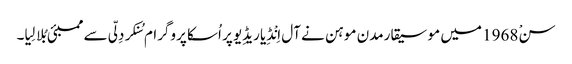
سنْ 1968 میں موسیقارمدن موہن نے آل اِنْڈِیا ریڈِیو پر اُسکا پروگرام سُنکر دِلّی سے ممبئی بُلا لِیا۔